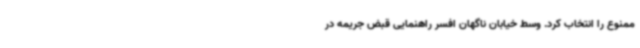
ممنوع را انتخاب کرد. وسط خیابان ناگهان افسر راهنمایی‌ قبض جریمه در